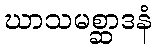
ဃာသမစ္ဆာဒနံ